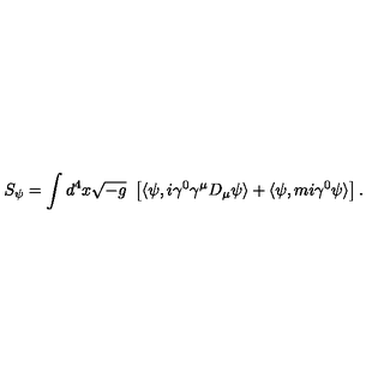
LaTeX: S _ { \psi } = \int d ^ { 4 } x \sqrt { - g } \ \left[ \langle \psi , i \gamma ^ { 0 } \gamma ^ { \mu } D _ { \mu } \psi \rangle + \langle \psi , m i \gamma ^ { 0 } \psi \rangle \right] .